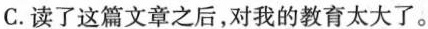
C.读了这篇文章之后，对我的教育太大了。